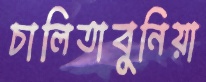
চালিতাবুনিয়া